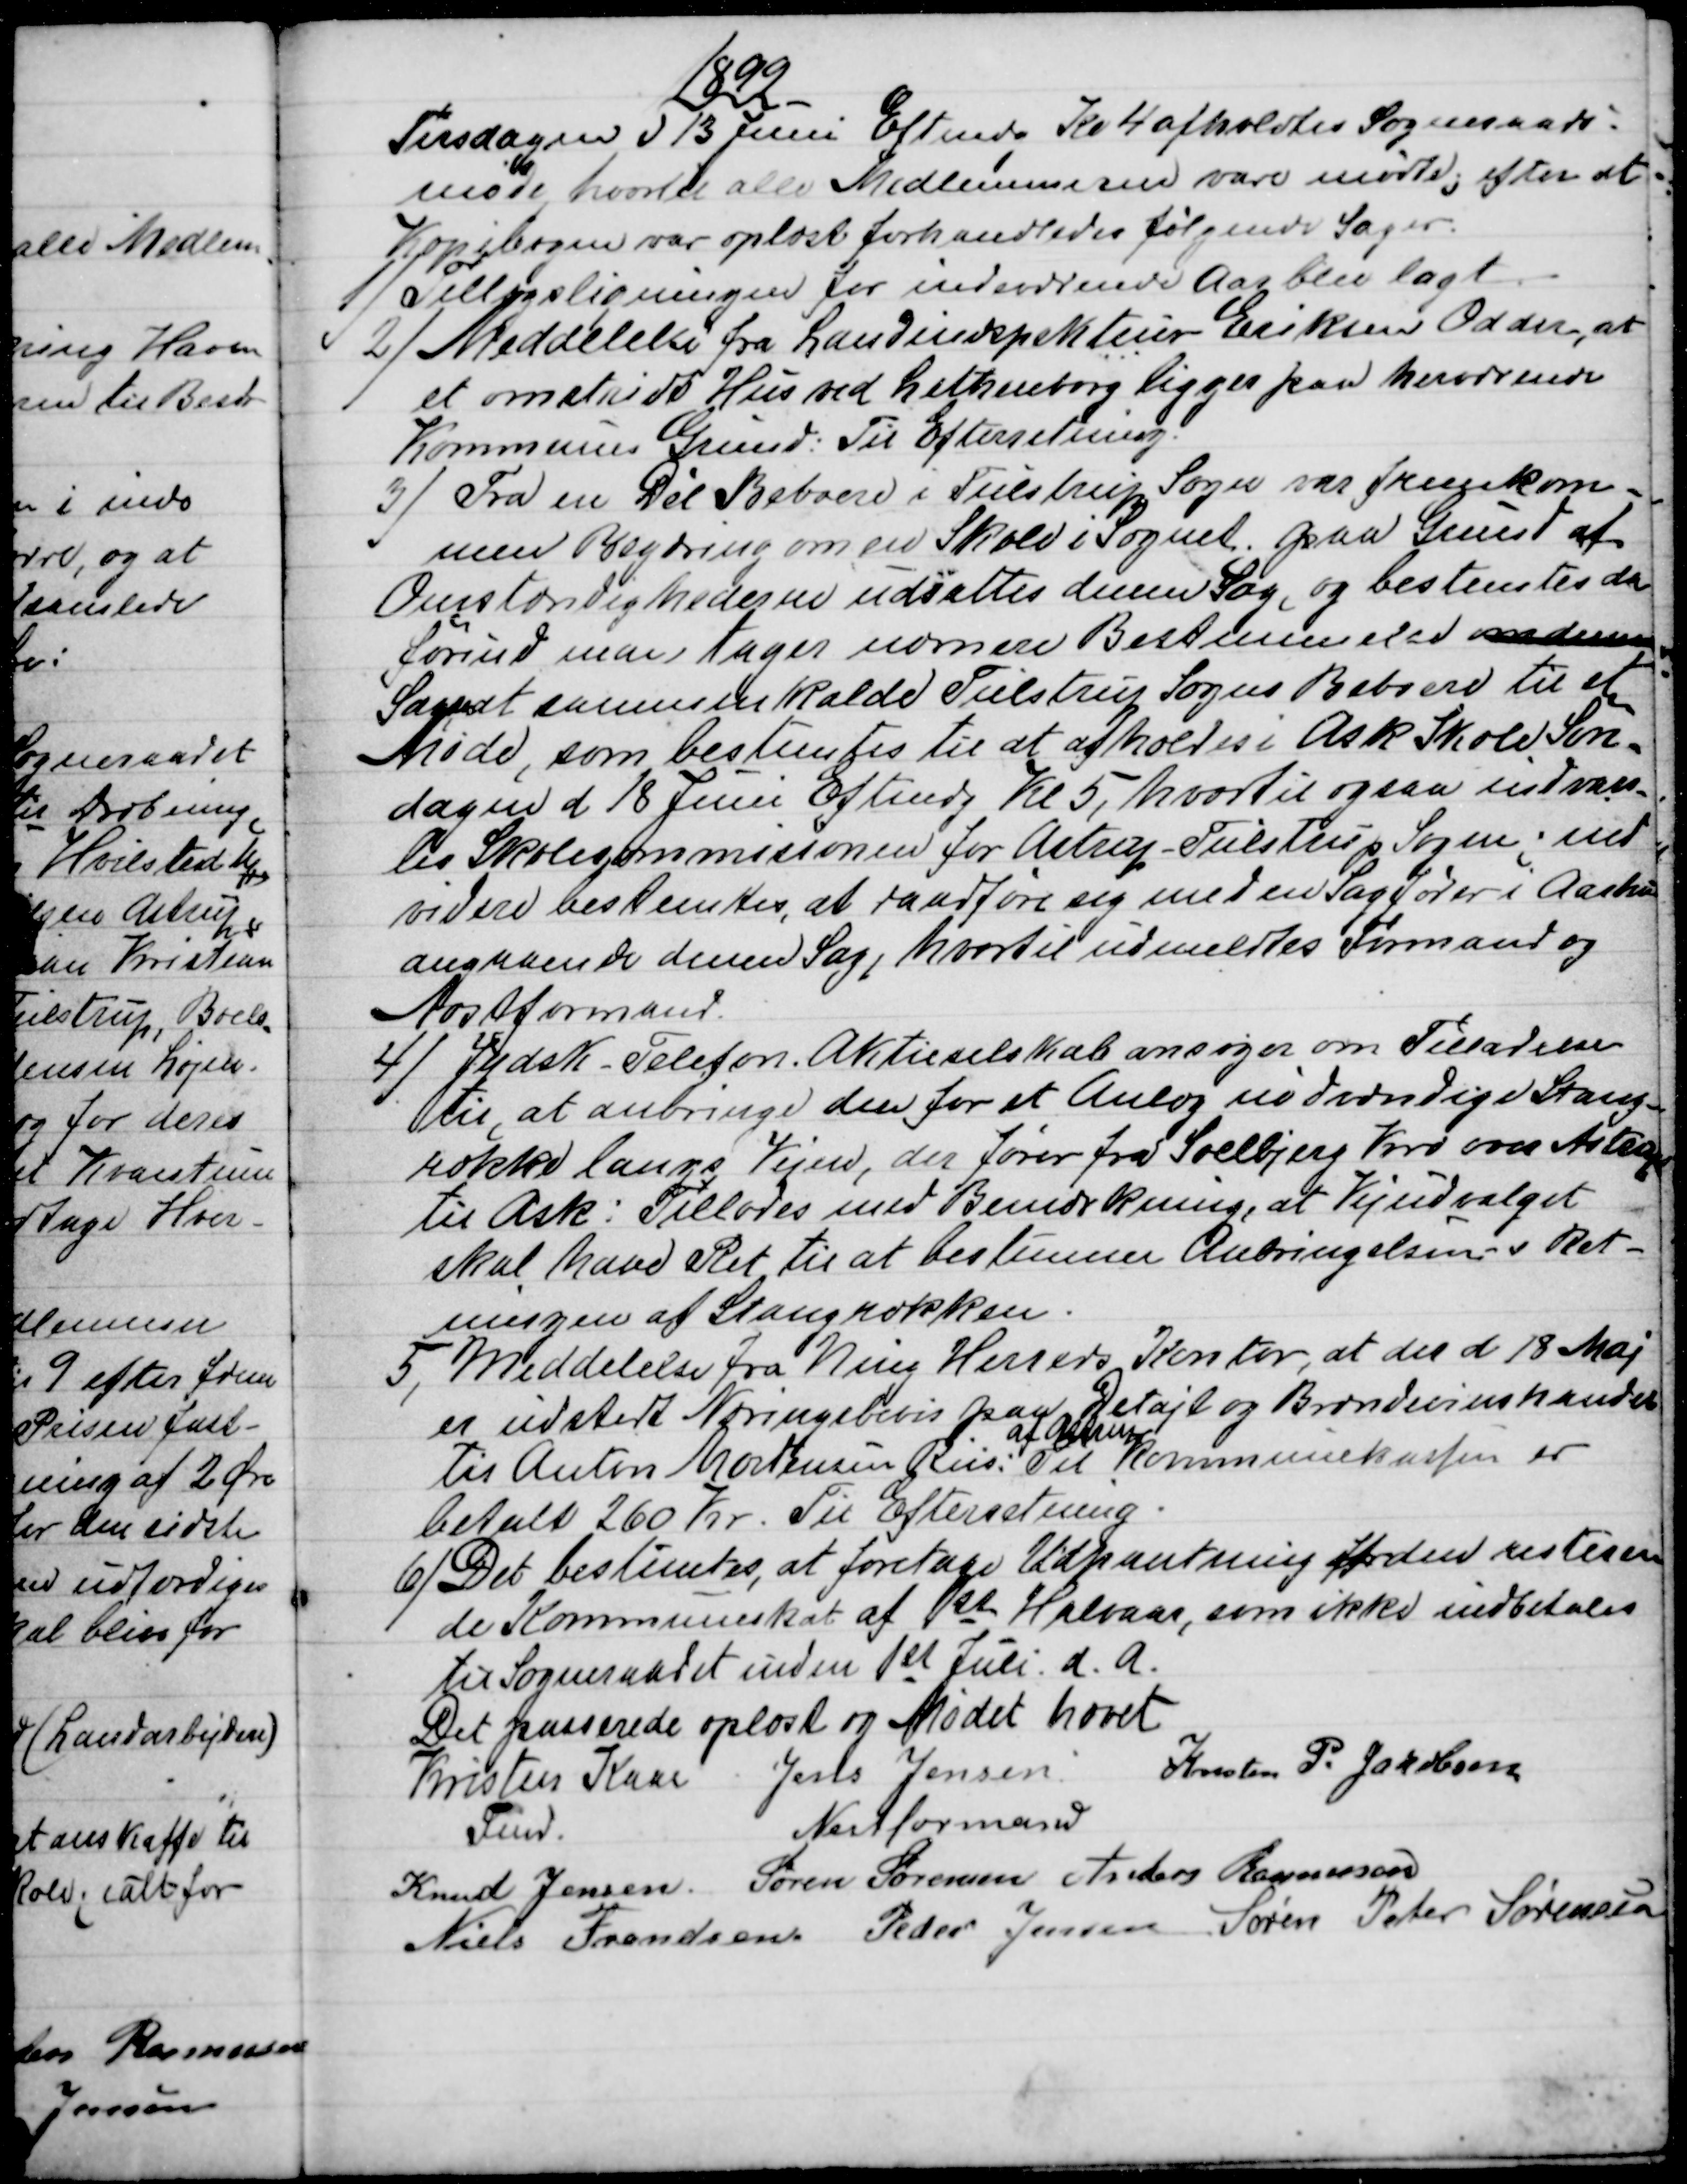
Transskription:
1899
Tirsdagen d 13 Juni Eftmdg Kl 4 afholdtes Sogneraads-
møde, hvortil alle Medlemmerne vare mødte; efter at
Kopibogen var oplæst forhandledes følgende Sager.
1)
Tillægsligningen for indeværende Aar blev lagt.
2)
Meddelelse fra Landindspekteur Eriksen Odder, at
et omstridt Hus ved Lethenborg ligger paa herværende
Kommunes Grund: Til Efterretning.
3) 
Fra en Dél Beboere i Tulstrup Sogn var fremkom-
men Begæring om en Skole i Sognet. paa Grund af
Omstændighederne udsattes denne Sag, og bestemtes da
førind man tager nærmere Bestemmelse om denne
Sag at sammenkalde Tulstrup Sogns Beboere til et
Møde, som bestemtes til at afholdes i Ask Skole Søn-
dagen d 18 Juni Eftmdg Kl 5, hvortil ogsaa indvars-
les Skolekommisionen for Astrup -Tulstrup Sogn, ind-
videre bestemtes, at raadføre sig med en Sagfører i Aarhus
angaaende denne Sag, hvortil udmeldtes Formand og
Næstformand.
4) 
Jydsk - Telefon Aktieselskab ansøger om Tilladelse
til, at anbringe den for et Anlæg nødvendige Stang-
række langs Vejen, der fører fra Soelbjerg Kro over Astrup
til Ask: Tillodes med Bemærkning, at Vejudvalget
skal have Ret til at bestemme Anbringelsen & Ret-
ningen af Stangrækken.
5)
Meddelelse fra Ning Herreds Kontor, at der d 18 Maj
er udstedt Næringsbevis paa Detajl og Brændevinshandel
til Anton Mortensen Riis:
af Astrup
Til Kommunekassen er
betalt 260 Kr. Til Efterretning.
6) 
Det bestemtes, at foretage Udpantning for den resteren
de Kommuneskat af 1st Halvaar, som ikke indbetales
til Sogneraadet inden 1st Juli d. A.
Det passerede oplæst og Mødet hævet
Kristen Kaae  
Fmd.
Jens Jensen
Næstformand
Kresten P. Jakobsen
Knud Jensen  Søren Sørensen  Anders Rasmussen
Niels Frandsen  Peder Jensen  Søren Peter Sørensen